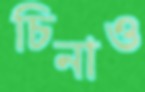
চিনাও